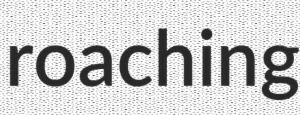
roaching